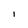
Character: I